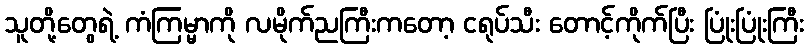
သူတို့တွေရဲ့ ကံကြမ္မာကို လမိုက်ညကြီးကတော့ ငရုပ်သီး တောင့်ကိုက်ပြီး ပြုံးပြုံးကြီး